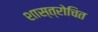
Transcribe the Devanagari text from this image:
शास्त्रोचित